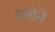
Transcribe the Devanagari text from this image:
एबोने